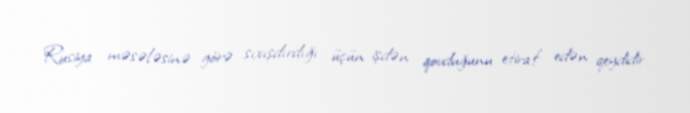
Rusiya məsələsinə görə sıxışdırdığı üçün işdən qovduğunu etiraf edən qeydidir.